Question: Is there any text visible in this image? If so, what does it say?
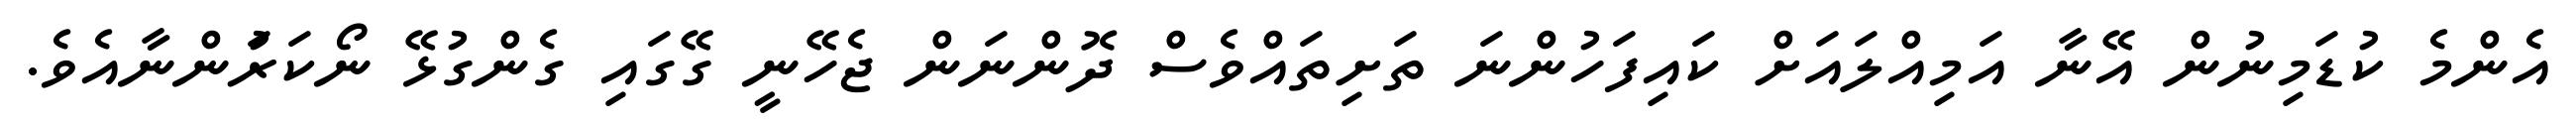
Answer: އެންމެ ކުޑަމިނުން އޭނާ އަމިއްލައަށް ކައިފަހުންނަ ތަށިތައްވެސް ދޮންނަން ޖެހޭނީ ގޭގައި ގެންގުޅޭ ނޯކަރުަންނާއެވެ.